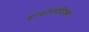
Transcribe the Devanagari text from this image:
इन्‍फॉरमेटिक्‍स